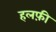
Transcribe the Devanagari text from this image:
हलफ़ी